Annual returns of the Patna Lunatic Asylum at Bankipore in Bihar and Orissa - 1912-1924
Year: 1912
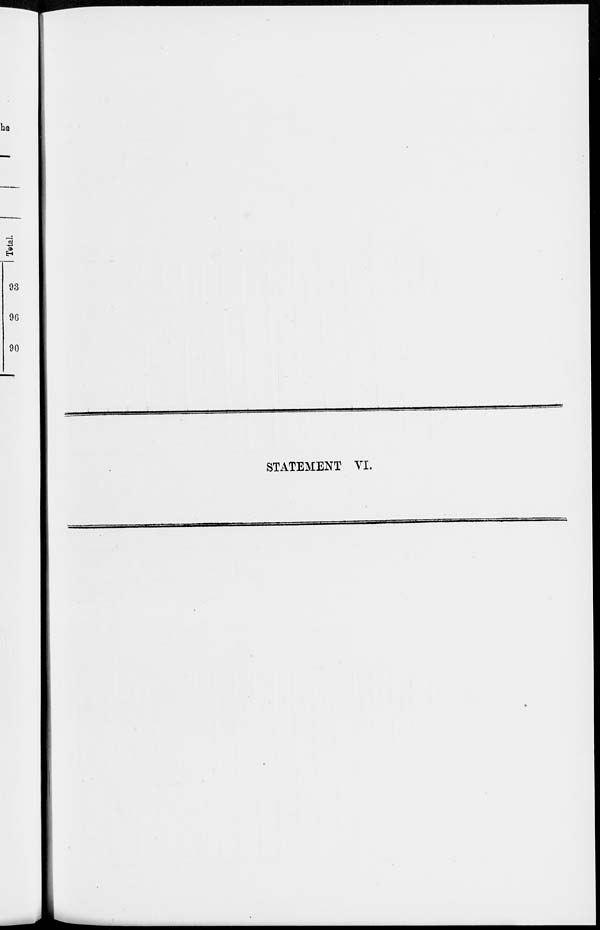
STATEMENT VI.